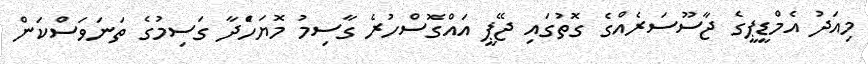
މިއަދު އެމްޑީޕީގެ ޖާސޫސަރެއްގެ ގޮތުގައި ޖޭޕީ އައްގޮސްހުރެ ގާސިމު މޮޔަހަެްދާ ގަަސިމުގެ ތަނަވަސްކަން